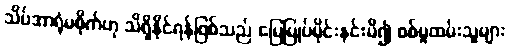
သိပ်အာရုံမစိုက်ဟု သိရှိနိုင်ရန်ဖြစ်သည် မြေမြုပ်မိုင်းနင်းမိ၍ စစ်မှုထမ်းသူများ